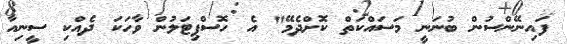
ފައިނޭންސުން ބުނަނީ މަސައްކަތް ކޮށްދެމޭ" އެ ހޮސްޕިޓަލުން ވާހަކަ ދެއްކި ސީނިއާ